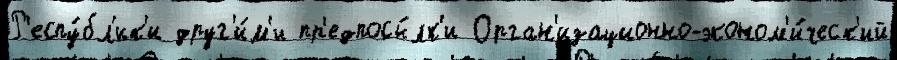
Р'еспу́бл'ик'и друг'и́м'и пр'едпосы́лк'и Орган'изационно-эконом'и́ческ'ий